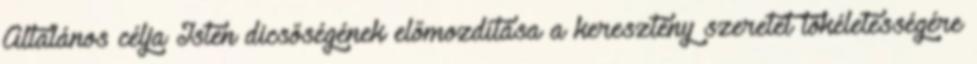
Általános célja Isten dicsőségének előmozdítása a keresztény szeretet tökéletességére